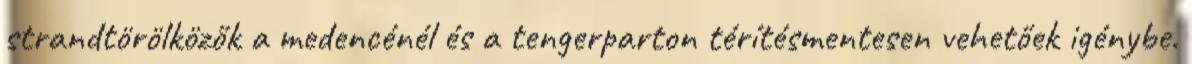
strandtörölközők a medencénél és a tengerparton térítésmentesen vehetőek igénybe.